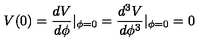
V ( 0 ) = \frac { d V } { d \phi } | _ { \phi = 0 } = \frac { d ^ { 3 } V } { d \phi ^ { 3 } } | _ { \phi = 0 } = 0